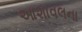
આશાવલના